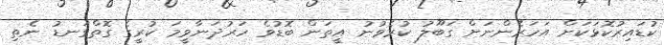
ކުޑައިރުކޮޅަކަށް އަހަރެންނަށް ގަބޫލު ކުރެވުނު އީތަން ބޮޑުވެ ހަރުދަނާވީމަ ކުރީގެ ގޮތްގަނޑު ނެތި